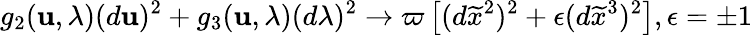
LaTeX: g_{2}(\mathbf{u},\lambda)(d\mathbf{u})^{2}+g_{3}(\mathbf{u},\lambda)(d\lambda)^{2}\rightarrow\varpi\left[(d\widetilde{{x}}^{2})^{2}+\epsilon(d\widetilde{{x}}^{3})^{2}\right],\epsilon=\pm1